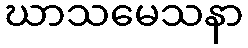
ဃာသမေသနာ